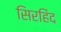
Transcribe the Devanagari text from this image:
सिरहिंद